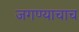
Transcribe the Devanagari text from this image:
जगण्याचाच